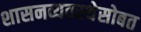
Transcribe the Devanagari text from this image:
शासनव्यवस्थेसोबत